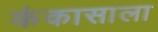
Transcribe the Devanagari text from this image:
कंकासाला